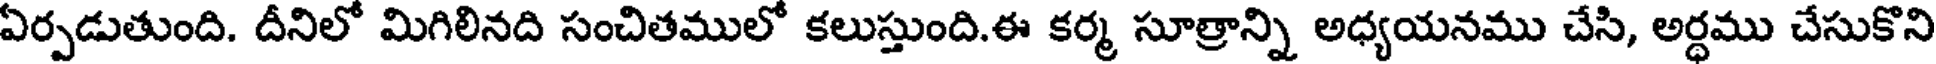
ఏర్పడుతుంది. దీనిలో మిగిలినది సంచితములో కలుస్తుంది.ఈ కర్మ సూత్రాన్ని అధ్యయనము చేసి, అర్ధము చేసుకొని